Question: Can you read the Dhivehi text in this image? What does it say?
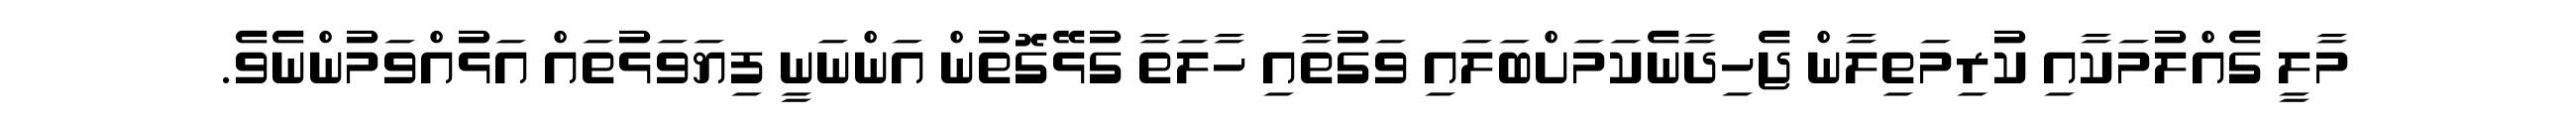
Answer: މާލީ ގެއްލުމަކާއި ކުރިމަތިލާން ޖެހިދާނެކަމަށްބަލައި ވަގުތާއި ހާލަތާ ގުޅޭގޮތުން އަންނަނީ ފިޔަވަޅުތައް އަޅުއްވަމުންނެވެ.